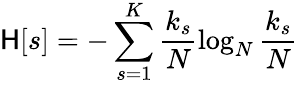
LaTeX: \mathsf{H}[s]=-\sum_{s=1}^{K}\frac{{k_{s}}}{{N}}\log_{N}{\frac{{k_{s}}}{{N}}}